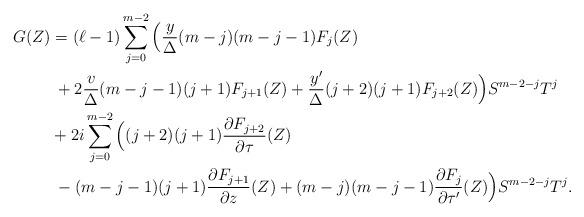
LaTeX: \begin{align*} G(Z)&=(\ell-1)\sum_{j=0}^{m-2}\Big(\frac y\Delta(m-j)(m-j-1)F_j(Z)\\ &\:+2\frac v\Delta(m-j-1)(j+1)F_{j+1}(Z)+\frac{y'}\Delta(j+2)(j+1)F_{j+2}(Z)\Big)S^{m-2-j}T^j\\ &+2i\sum_{j=0}^{m-2}\Big((j+2)(j+1)\frac{\partial F_{j+2}}{\partial\tau}(Z)\\ &\:-(m-j-1)(j+1)\frac{\partial F_{j+1}}{\partial z}(Z)+(m-j)(m-j-1)\frac{\partial F_j}{\partial\tau'}(Z)\Big)S^{m-2-j}T^j.\end{align*}